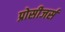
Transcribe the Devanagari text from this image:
प्रोसीजर्स